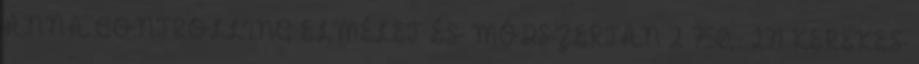
ANNA CONTROLLING ELMÉLET ÉS MÓDSZERTAN 2 750,- 271 KEREKES